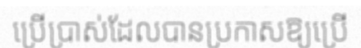
ប្រើប្រាស់ដែលបានប្រកាសឱ្យប្រើ